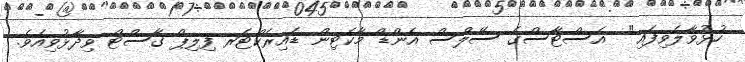
ހުޅުވާލެވިފައި"  އެސްޓާސްގެ ސޭލްސް އެންޑް މާކެޓިން ޑައިރެކްޓަރ ފިލިޕް ގާސްޓް ވިދާޅުވިއެވެ.